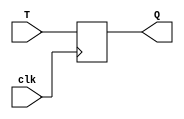
module tLatch (
  input T,
  input clk,
  output reg Q
);

always @(posedge clk) begin
  Q <= T;
end

endmodule